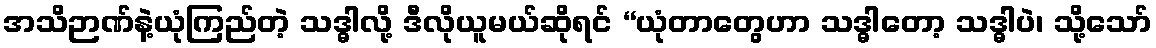
အသိဉာဏ်နဲ့ယုံကြည်တဲ့ သဒ္ဓါလို့ ဒီလိုယူမယ်ဆိုရင် “ယုံတာတွေဟာ သဒ္ဓါတော့ သဒ္ဓါပဲ၊ သို့သော်